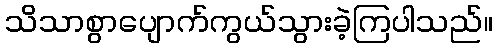
သိသာစွာပျောက်ကွယ်သွားခဲ့ကြပါသည်။